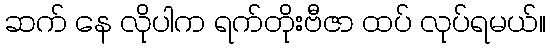
ဆက် နေ လိုပါက ရက်တိုးဗီဇာ ထပ် လုပ်ရမယ်။